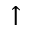
\uparrow